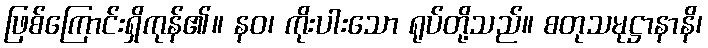
ဖြစ်ကြောင်းရှိကုန်၏။ နဝ၊ ကိုးပါးသော ရုပ်တို့သည်။ စတုသမုဋ္ဌာနာနိ၊